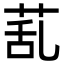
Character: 𦯠